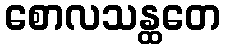
စောလသန္ထတေ